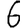
Digit: 6